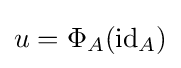
u=\Phi _{A}(\mathrm {id} _{A})